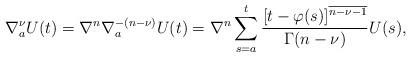
LaTeX: \begin{align*}\nabla_{a}^{\nu}U(t)=\nabla^{n}\nabla_{a}^{-(n-\nu)}U(t)=\nabla^{n}\sum_{s=a}^{t}\frac{[t-\varphi(s)]^{\overline{n-\nu-1}}}{\Gamma(n-\nu)}U(s),\end{align*}